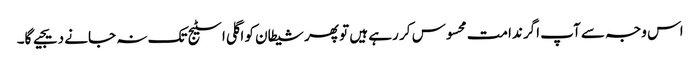
اس وجہ سے آپ اگر ندامت محسوس کر رہے ہیں تو پھر شیطان کو اگلی اسٹیج تک نہ جانے دیجیے گا۔